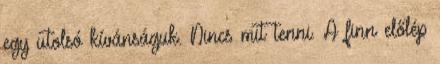
egy utolsó kívánságuk. Nincs mit tenni. A finn előlép